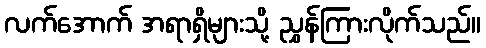
လက်အောက် အရာရှိများသို့ ညွှန်ကြားလိုက်သည်။